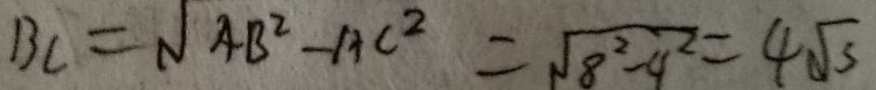
B C = \sqrt { 4 B ^ { 2 } - A C ^ { 2 } } = \sqrt { 8 ^ { 2 } - 9 ^ { 2 } } = 4 \sqrt { 3 }